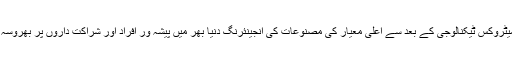
1976 ، میٹروکس ٹیکنالوجی کے بعد سے اعلی معیار کی مصنوعات کی انجینئرنگ دنیا بھر میں پیشہ ور افراد اور شراکت داروں پر بھروسہ کرتی ہے۔